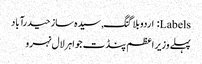
Labels: اردو بلاگنگ, سیدہ ساز حیدرآباد
پہلے وزیر اعظم پنڈت جواہرلال نہرو